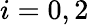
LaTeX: i=0,2